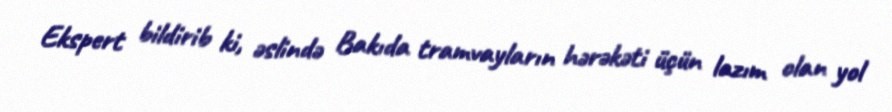
Ekspert bildirib ki, əslində Bakıda tramvayların hərəkəti üçün lazım olan yol